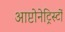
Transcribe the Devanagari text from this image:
आप्टोनेट्रिस्टों